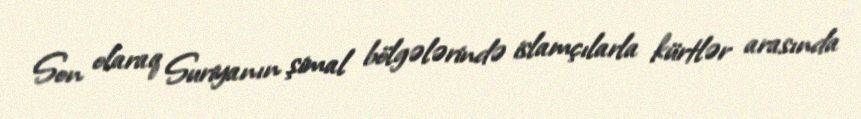
Son olaraq Suriyanın şimal bölgələrində islamçılarla kürtlər arasında